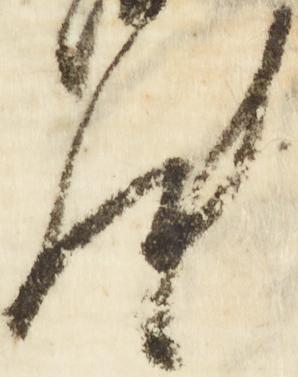
汰